Report of the Indian Hemp Drugs Commission, 1894-1895 - Volume II
Year: 1894
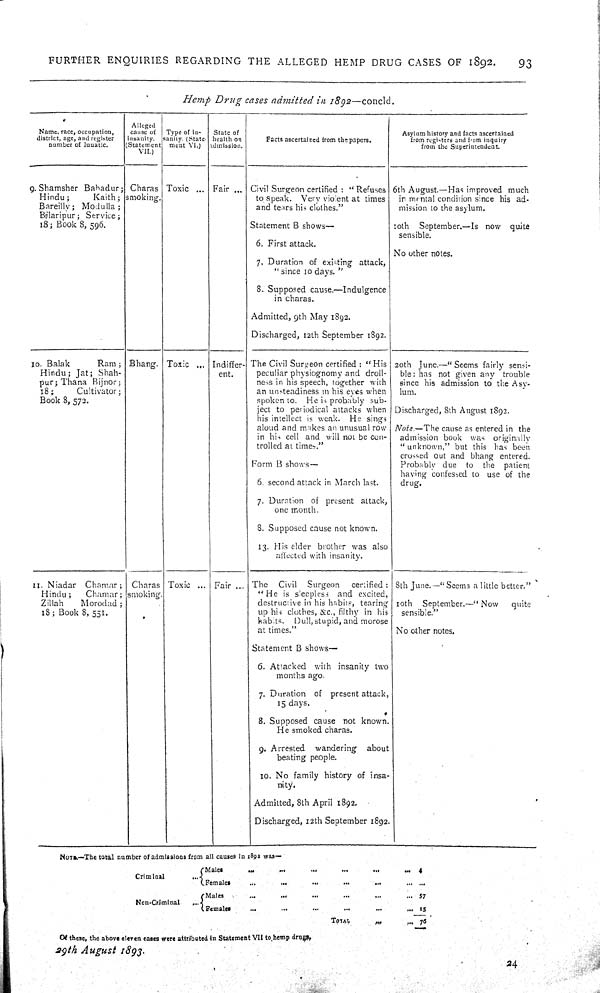
FURTHER ENQUIRIES REGARDING THE ALLEGED HEMP DRUG CASES OF 1892.
93
Hemp Drug cases admitted in 1892—concld.
Name, race, occupation,
district, age, and register
number of lunatic.
Alleged
cause of
insanity.
(Statement
VII.)
Type of in-
sanity. (State-
ment VI.)
State of
health on
admission.
Facts ascertained from the papers.
Asylum history and facts ascertained
from registers and from inquiry
from the Superintendent.
9. Shamsher Bahadur;
Hindu;
Kaith;
Bareilly; Modulla;
Bilaripur; Service;
18; Book 8, 596.
Charas
smoking.
Toxic
Fair
Civil Surgeon certified: "Refuses
to speak. Very violent at times
and tears his clothes."
Statement B shows—
6. First attack.
7. Duration of existing attack,
"since 10 days."
8. Supposed cause.—Indulgence
in charas.
Admitted, 9th May 1892.
Discharged, 12th September 1892.
6th August.—Has improved much
in mental condition since his ad-
mission to the asylum.
10th September.—Is now quite
sensible.
No other notes.
10. Balak
Ram;
Hindu; Jat; Shah-
pur; Thana Bijnor;
18;
Cultivator;
Book 8, 572.
Bhang. Toxic
Indiffer-
ent.
The Civil Surgeon certified: "His
peculiar physiognomy and droll-
ness in his speech, together with
an unsteadiness in his eyes when
spoken to. He is probably sub-
ject to periodical attacks when
his intellect is weak. He sings
aloud and makes an unusual row
in his cell and will not be con-
trolled at times."
Form B shows—
6. second attack in March last.
7. Duration of present attack,
one month.
8. Supposed cause not known.
13. His elder brother was also
affected with insanity.
20th June.—"Seems fairly sensi-
ble: has not given any trouble
since his admission to the Asy-
lum.
Discharged, 8th August 1892.
Note.—The cause as entered in the
admission book was originally
"unknown," but this has been
crossed out and bhang entered.
Probably due to the patient
having confessed to use of the
drug.
11. Niadar
Chamar;
Hindu;
Chamar;
Zillah
Morodad;
18; Book 8, 551.
Charas
smoking
Toxic
Fair
The
Civil Surgeon
certified:
"He is sleepless and excited,
destructive in his habits, tearing
up his clothes, &c., filthy in his
habits. Dull, stupid, and morose
at times."
Statement B shows—
6. Attacked with insanity two
months ago.
7. Duration of present attack,
15 days.
8. Supposed cause not known.
He smoked charas.
9. Arrested wandering
about
beating people.
10. No family history of insa-
nity.
Admitted, 8th April 1892.
Discharged, 12th September 1892.
8th June.—"Seems a little better."
10th September.—"Now quite
sensible."
No other notes.
NOTE.—The total number of admissions from all causes in 1892 was—
Criminal
Males
4
Criminal
Females
Non-Criminal
Males
57
Non-Criminal
Females
15
TOTAL
76
Of these, the above eleven cases were attributed in Statement VII to hemp drugs,
29th August 1893.
24